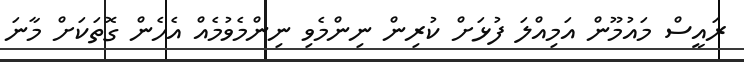
ރައީސް މައުމޫން އަމިއްލަ ފުޅަށް ކުރިން ނިންމެވި ނިންމެވުމެއް އެހެން ގޮތަކަށް މާނަ